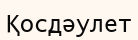
Қосдәулет